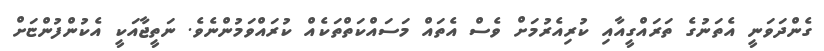
ގެންދަވަނީ އެތަނުގެ ތަރައްގީއާއި ކުރިއެރުމަށް ވެސް އެތައް މަސައްކަތްތަކެއް ކުރައްވަމުންނެވެ. ނަތީޖާއަކީ އެކުންފުންޏަށް